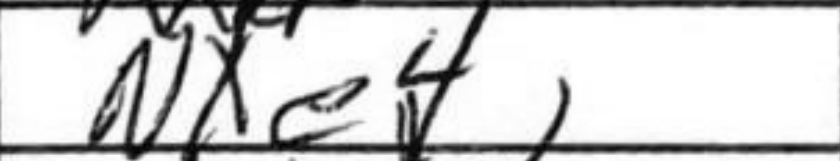
Transcription: Nxe4